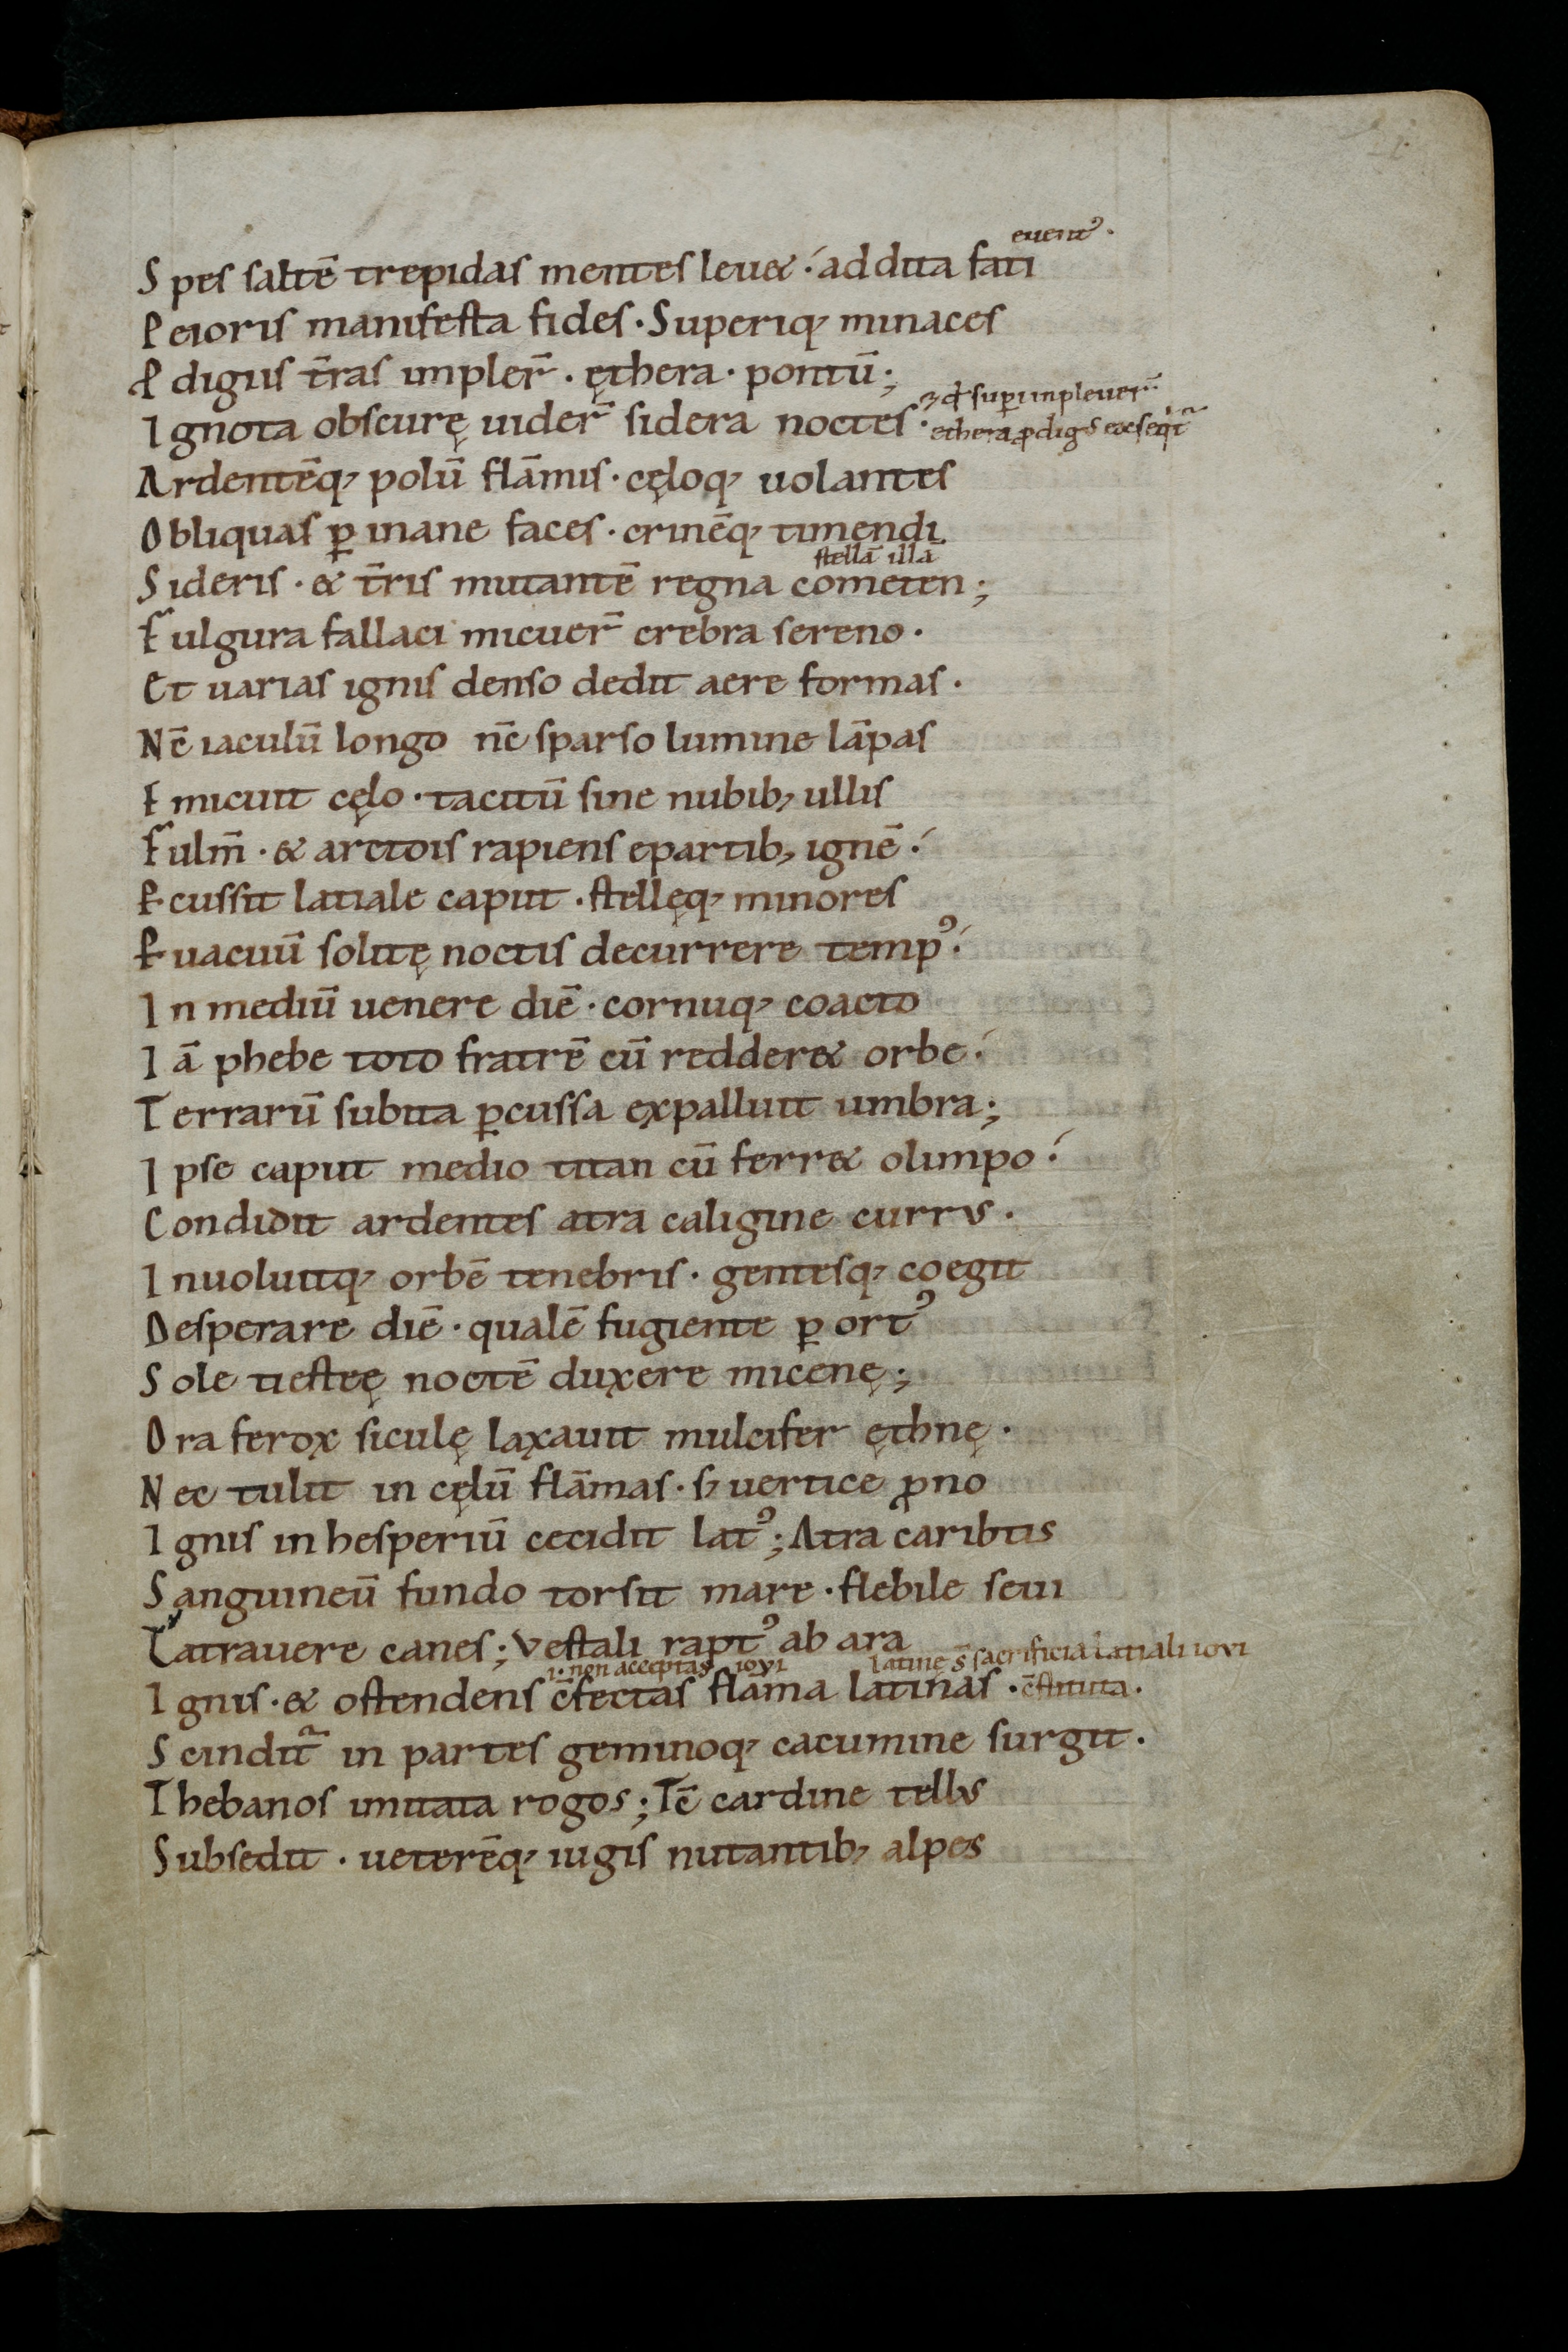
Shelfmark: St. Gallen, Stiftsbibliothek, Cod. Sang. 863
Century: 11